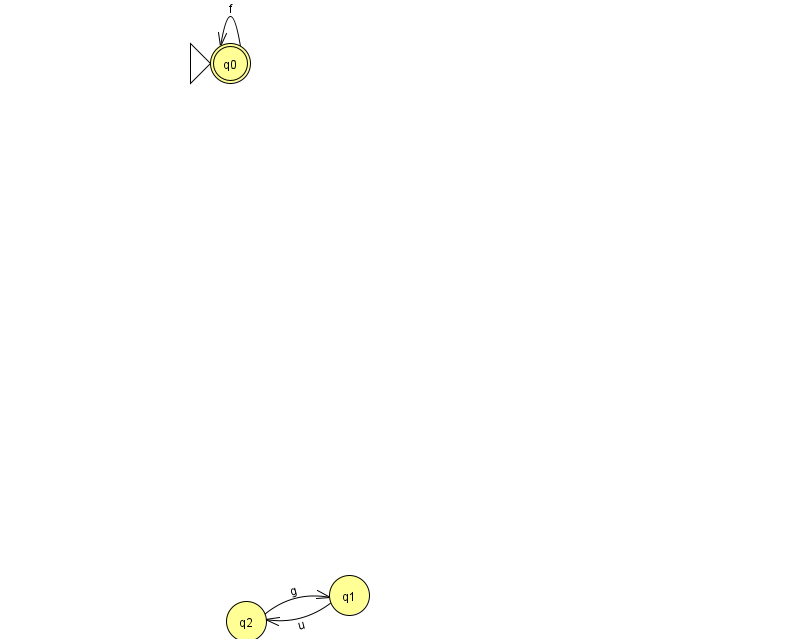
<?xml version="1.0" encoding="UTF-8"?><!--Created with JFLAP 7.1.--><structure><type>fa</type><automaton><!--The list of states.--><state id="0" name="q0"><x>230.0</x><y>50.0</y><initial/><final/></state><state id="1" name="q1"><x>349.0</x><y>582.0</y></state><state id="2" name="q2"><x>246.0</x><y>608.0</y></state><!--The list of transitions.--><transition><from>0</from><to>0</to><read>f</read></transition><transition><from>1</from><to>2</to><read>u</read></transition><transition><from>2</from><to>1</to><read>g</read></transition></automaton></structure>